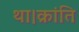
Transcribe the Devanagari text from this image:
था।क्रांति